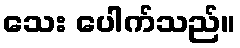
သေး ပေါက်သည်။